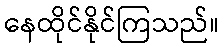
နေထိုင်နိုင်ကြသည်။